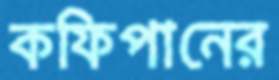
কফিপানের